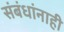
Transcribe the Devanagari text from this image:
संबंधांनाही